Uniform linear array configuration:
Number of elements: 32
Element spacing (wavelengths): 0.5
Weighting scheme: uniform
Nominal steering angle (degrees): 30
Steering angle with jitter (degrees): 28.913
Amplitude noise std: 0.05
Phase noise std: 0.05

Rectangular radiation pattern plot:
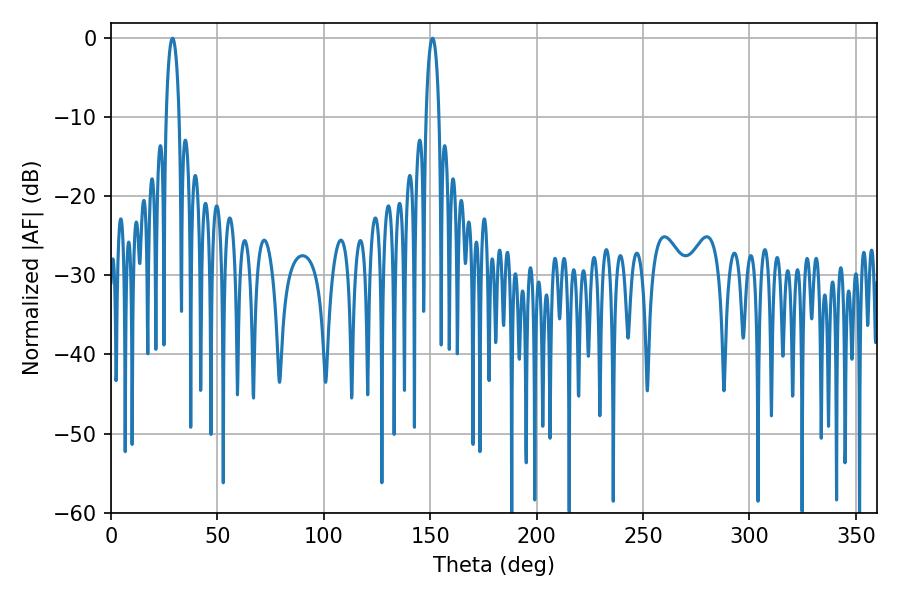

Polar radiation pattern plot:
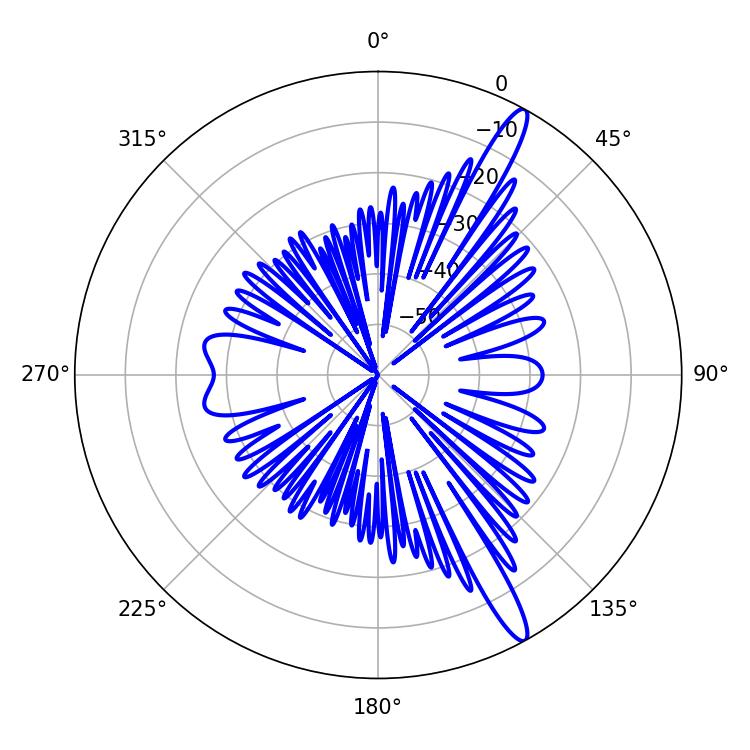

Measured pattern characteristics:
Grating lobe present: FALSE
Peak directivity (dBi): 14.701
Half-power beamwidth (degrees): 3.42
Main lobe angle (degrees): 151.02